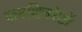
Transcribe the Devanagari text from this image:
कमशिनरेटों